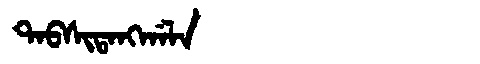
Manchu: ᡨᠠᠪᠰᡳᡨᠠᠩᡤᠠᠯᠠ
Romanization: TABSITANGGALA